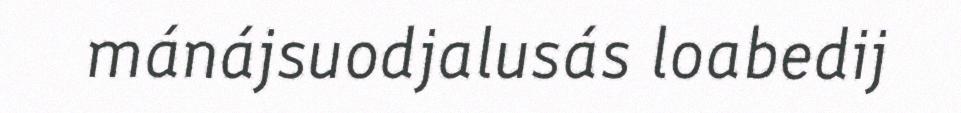
mánájsuodjalusás loabedij